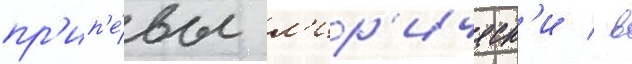
пр'ип'е́вы л'ир'ическ'и / в